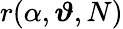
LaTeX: r(\alpha,\boldsymbol{\vartheta},N)